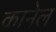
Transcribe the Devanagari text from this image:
कानेल